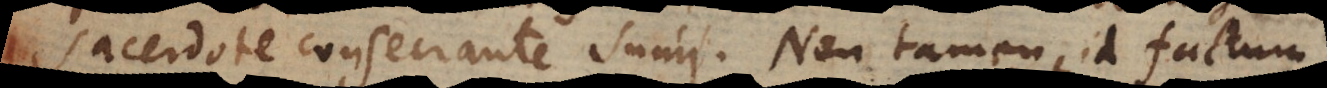
dote consecrante sumi. Non tamen id factum